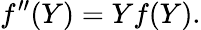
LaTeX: f^{\prime\prime}(Y)=Yf(Y).